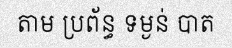
តាម ប្រព័ន្ធ ទម្ងន់ បាត